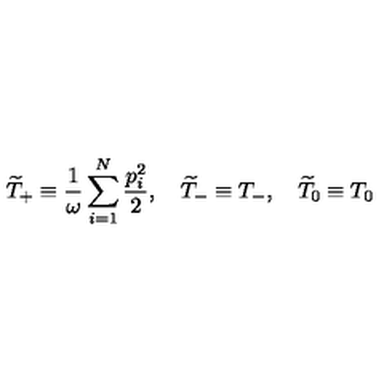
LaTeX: \widetilde { T } _ { + } \equiv \frac { 1 } { \omega } \sum _ { i = 1 } ^ { N } \frac { p _ { i } ^ { 2 } } { 2 } , \quad \widetilde { T } _ { - } \equiv T _ { - } , \quad \widetilde { T } _ { 0 } \equiv T _ { 0 }